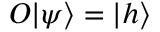
O | \psi \rangle = | h \rangle